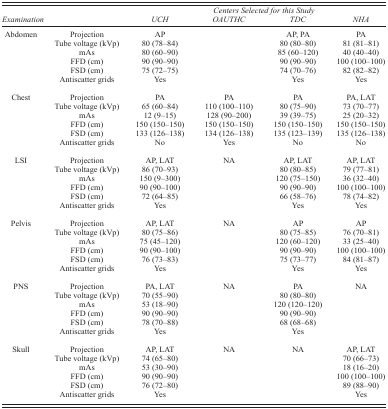
<table><thead><tr><td></td><td></td><td></td><td colspan="2"><b><i>Centers Selected for this Study</i></b></td><td></td></tr><tr><td><b><i>Examination</i></b></td><td></td><td><b><i>UCH</i></b></td><td><b><i>OAUTHC</i></b></td><td><b><i>TDC</i></b></td><td><b><i>NHA</i></b></td></tr></thead><tbody><tr><td>Abdomen</td><td>Projection</td><td>AP</td><td></td><td>AP, PA</td><td>PA</td></tr><tr><td></td><td>Tube voltage (kVp)</td><td>80 (78–84)</td><td></td><td>80 (80–80)</td><td>81 (81–81)</td></tr><tr><td></td><td>mAs</td><td>80 (60–90)</td><td></td><td>85 (60–120)</td><td>40 (40–40)</td></tr><tr><td></td><td>FFD (cm)</td><td>90 (90–90)</td><td></td><td>90 (90–90)</td><td>100 (100–100)</td></tr><tr><td></td><td>FSD (cm)</td><td>75 (72–75)</td><td></td><td>74 (70–76)</td><td>82 (82–82)</td></tr><tr><td></td><td>Antiscatter grids</td><td>Yes</td><td></td><td>Yes</td><td>Yes</td></tr><tr><td>Chest</td><td>Projection</td><td>PA</td><td>PA</td><td>PA</td><td>PA, LAT</td></tr><tr><td></td><td>Tube voltage (kVp)</td><td>65 (60–84)</td><td>110 (100–110)</td><td>80 (75–90)</td><td>73 (70–77)</td></tr><tr><td></td><td>mAs</td><td>12 (9–15)</td><td>128 (90–200)</td><td>39 (39–75)</td><td>25 (20–32)</td></tr><tr><td></td><td>FFD (cm)</td><td>150 (150–150)</td><td>150 (150–150)</td><td>150 (150–150)</td><td>150 (150–150)</td></tr><tr><td></td><td>FSD (cm)</td><td>133 (126–138)</td><td>134 (126–138)</td><td>135 (123–139)</td><td>135 (126–138)</td></tr><tr><td></td><td>Antiscatter grids</td><td>No</td><td>Yes</td><td>No</td><td>No</td></tr><tr><td>LSI</td><td>Projection</td><td>AP, LAT</td><td>NA</td><td>AP, LAT</td><td>AP, LAT</td></tr><tr><td></td><td>Tube voltage (kVp)</td><td>86 (70–93)</td><td></td><td>80 (80–85)</td><td>79 (77–81)</td></tr><tr><td></td><td>mAs</td><td>150 (9–300)</td><td></td><td>120 (75–150)</td><td>36 (32–40)</td></tr><tr><td></td><td>FFD (cm)</td><td>90 (90–100)</td><td></td><td>90 (90–90)</td><td>100 (100–100)</td></tr><tr><td></td><td>FSD (cm)</td><td>72 (64–85)</td><td></td><td>66 (58–76)</td><td>78 (74–82)</td></tr><tr><td></td><td>Antiscatter grids</td><td>Yes</td><td></td><td>Yes</td><td>Yes</td></tr><tr><td>Pelvis</td><td>Projection</td><td>AP, LAT</td><td>NA</td><td>AP</td><td>AP</td></tr><tr><td></td><td>Tube voltage (kVp)</td><td>80 (75–86)</td><td></td><td>80 (75–85)</td><td>76 (70–81)</td></tr><tr><td></td><td>mAs</td><td>75 (45–120)</td><td></td><td>120 (60–120)</td><td>33 (25–40)</td></tr><tr><td></td><td>FFD (cm)</td><td>90 (90–100)</td><td></td><td>90 (90–90)</td><td>100 (100–100)</td></tr><tr><td></td><td>FSD (cm)</td><td>76 (73–83)</td><td></td><td>75 (73–77)</td><td>84 (81–87)</td></tr><tr><td></td><td>Antiscatter grids</td><td>Yes</td><td></td><td>Yes</td><td>Yes</td></tr><tr><td>PNS</td><td>Projection</td><td>PA, LAT</td><td>NA</td><td>PA</td><td>NA</td></tr><tr><td></td><td>Tube voltage (kVp)</td><td>70 (55–90)</td><td></td><td>80 (80–80)</td><td></td></tr><tr><td></td><td>mAs</td><td>53 (18–90)</td><td></td><td>120 (120–120)</td><td></td></tr><tr><td></td><td>FFD (cm)</td><td>90 (90–90)</td><td></td><td>90 (90–90)</td><td></td></tr><tr><td></td><td>FSD (cm)</td><td>78 (70–88)</td><td></td><td>68 (68–68)</td><td></td></tr><tr><td></td><td>Antiscatter grids</td><td>Yes</td><td></td><td>Yes</td><td></td></tr><tr><td>Skull</td><td>Projection</td><td>AP, LAT</td><td>NA</td><td>NA</td><td>AP, LAT</td></tr><tr><td></td><td>Tube voltage (kVp)</td><td>74 (65–80)</td><td></td><td></td><td>70 (66–73)</td></tr><tr><td></td><td>mAs</td><td>53 (30–90)</td><td></td><td></td><td>18 (16–20)</td></tr><tr><td></td><td>FFD (cm)</td><td>90 (90–90)</td><td></td><td></td><td>100 (100–100)</td></tr><tr><td></td><td>FSD (cm)</td><td>76 (72–80)</td><td></td><td></td><td>89 (88–90)</td></tr><tr><td></td><td>Antiscatter grids</td><td>Yes</td><td></td><td></td><td>Yes</td></tr></tbody></table>